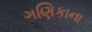
ગણિકાના